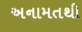
અનામતથી